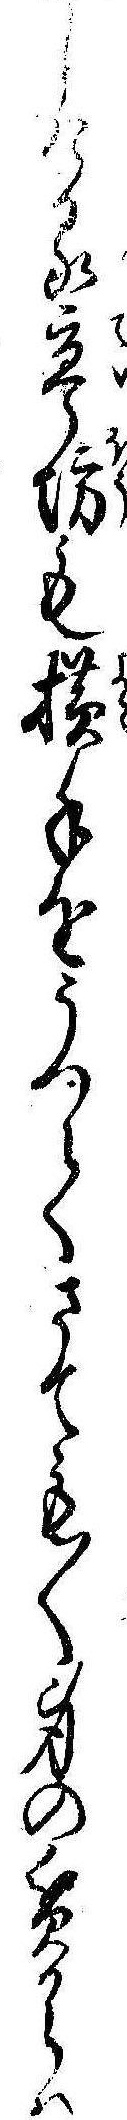
しける亭坊も横手をうつてさても〱身の貧からは